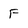
Character: F